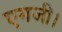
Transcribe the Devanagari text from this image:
एमजी।